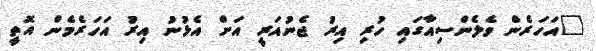
"އަހަރެން ވެލެންސިއާގައި ހުރި އިރު ޖެނުއަރީ އަށް އެޅުނު އިރު އަހަރެމެން އޮތީ